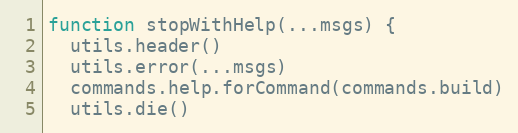
Language: JavaScript
function stopWithHelp(...msgs) {
  utils.header()
  utils.error(...msgs)
  commands.help.forCommand(commands.build)
  utils.die()